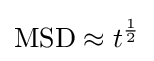
\mathrm {MSD} \approx t^{\frac {1}{2}}